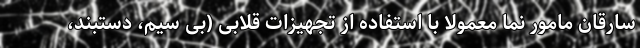
سارقان مامور نما معمولا با استفاده از تجهیزات قلابی (بی سیم، دستبند،